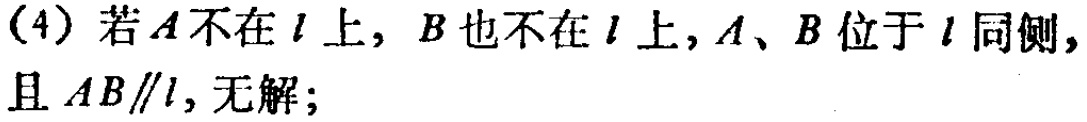
（4）若\(A\)不在\(l\)上，\(B\)也不在\(l\)上，\(A\)、\(B\)位于\(l\)同侧，且 \(AB\parallel l\)，无解；